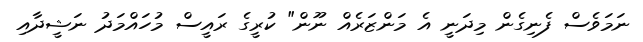
ނަމަވެސް ފެނިގެން މިދަނީ އެ މަންޒަރެއް ނޫން" ކުރީގެ ރައީސް މުހައްމަދު ނަޝީދާއި